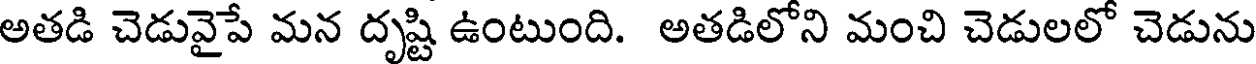
అతడి చెడువైపే మన దృష్టి ఉంటుంది. అతడిలోని మంచి చెడులలో చెడును